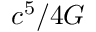
c ^ { 5 } / 4 G